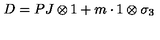
D = P J \otimes 1 + m \cdot 1 \otimes \sigma _ { 3 }